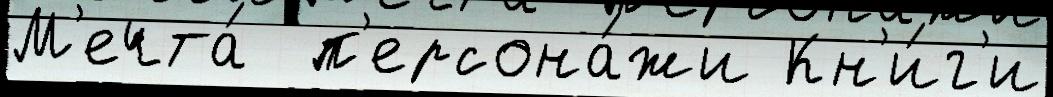
М'ечта́  п'ерсона́жи Кн'и́г'и